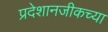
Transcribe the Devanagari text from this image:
प्रदेशानजीकच्या